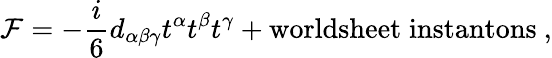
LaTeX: {\cal F}=-\frac{i}{6}d_{\alpha\beta\gamma}t^{\alpha}t^{\beta}t^{\gamma}+\mathrm{worldsheet\; instantons}\ ,